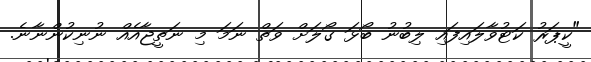
"ކީޕަރު ކަޓުވާލައިފައި ލިބުނު ބޯޅަ ގޯލަށް ވަތް ނަމަ މި ނަތީޖާއެއް ނުނިކުންނާނެ.